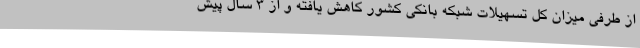
از طرفی میزان کل تسهیلات شبکه بانکی کشور کاهش یافته و از ۳ سال پیش